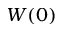
W ( 0 )